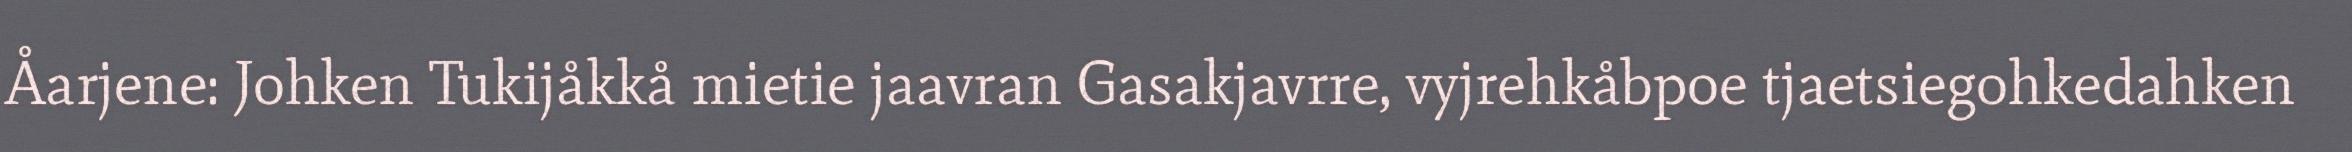
Åarjene: Johken Tukijåkkå mietie jaavran Gasakjavrre, vyjrehkåbpoe tjaetsiegohkedahken